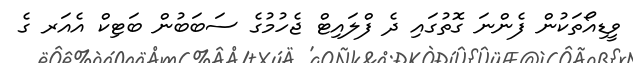
ވީޑިއޯތަކުން ފެންނަ ގޮތުގައި ދެ ފްލަައިޓް ޖެހުމުގެ ސަބަބުން ބަޓިކް އެއަރ ގެ